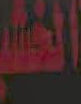
المطلب